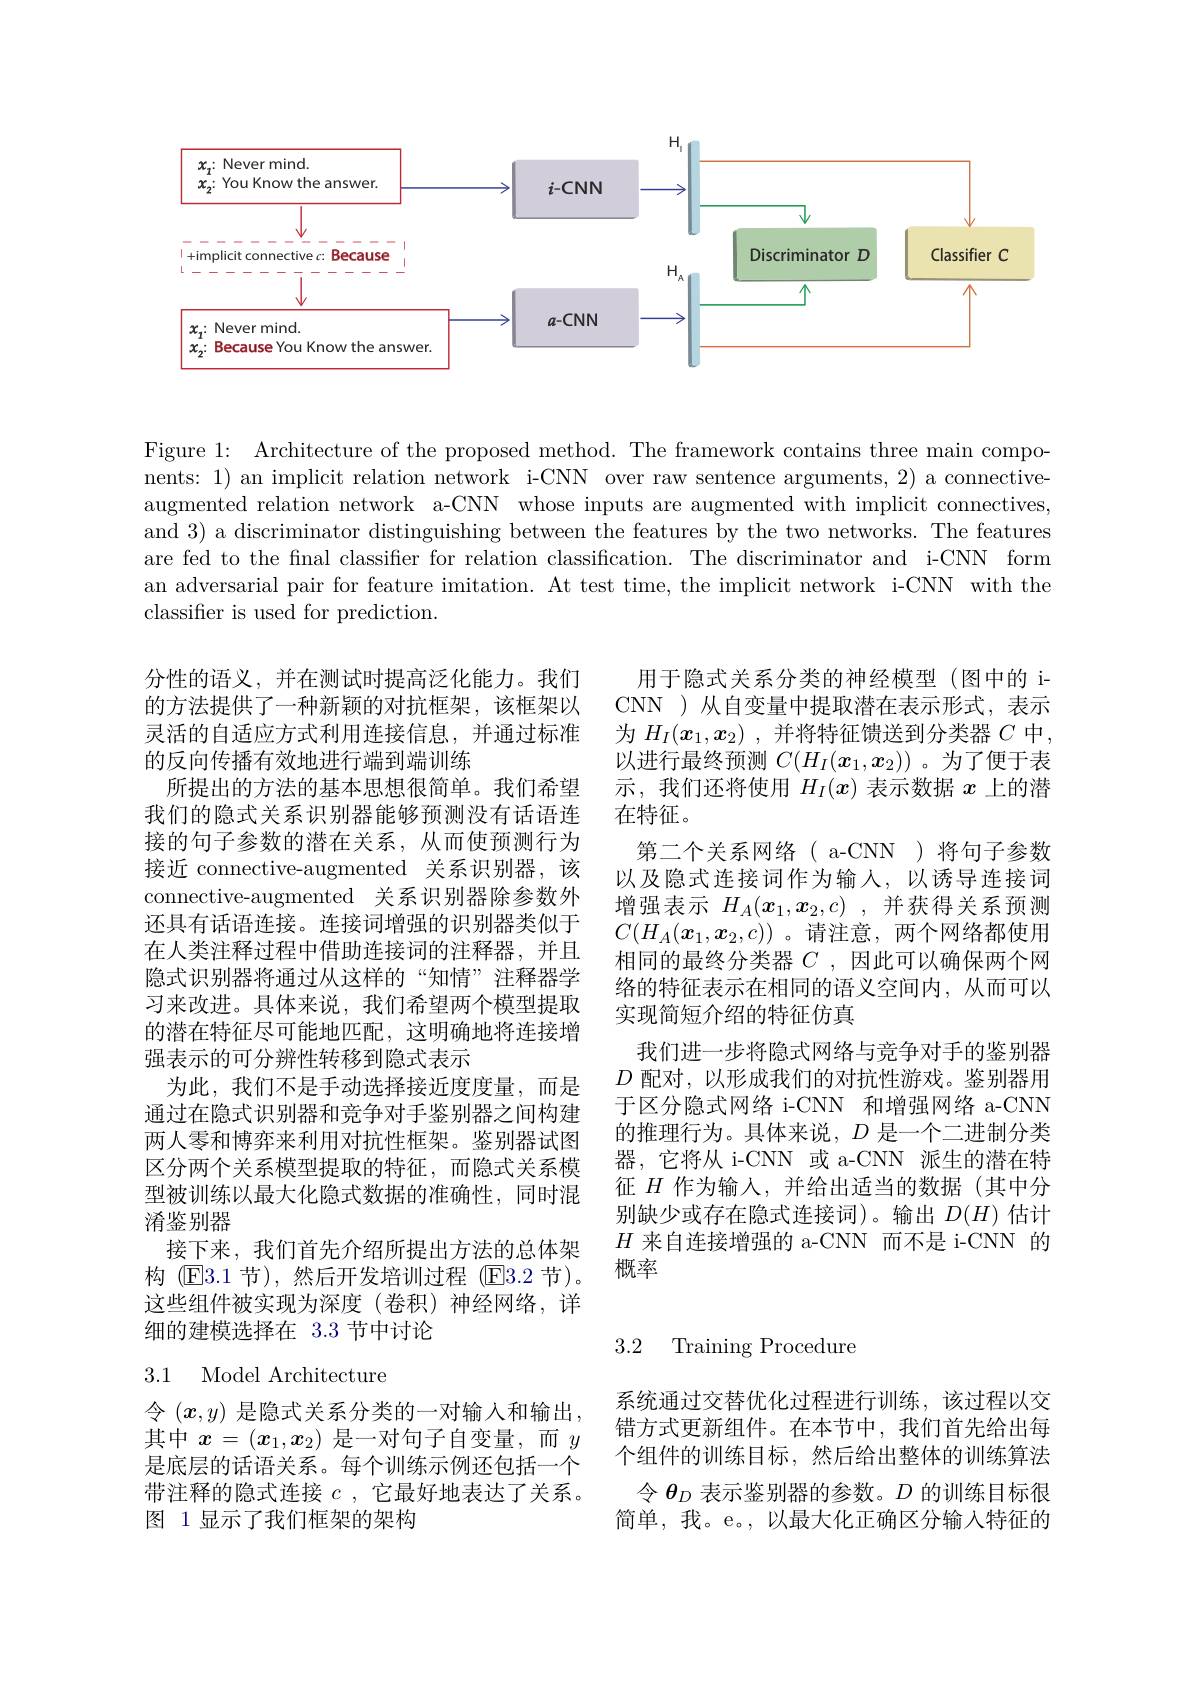
<FigureHere>

Figure 1: Architecture of the proposed method. The framework contains three main components: 1) an implicit relation network i-CNN over raw sentence arguments, 2) a connectiveaugmented relation network a-CNN whose inputs are augmented with implicit connectives, and 3) a discriminator distinguishing between the features by the two networks. The features are fed to the final classifier for relation classification. The discriminator and i-CNN form an adversarial pair for feature imitation. At test time, the implicit network i-CNN with the classifier is used for prediction.

用于隐式关系分类的神经模型(图中的 iCNN )从自变量中提取潜在表示形式，表示为$H_I(x_1,x_2)$ ,并将特征馈送到分类器$C$中， 以进行最终预测$C(H_I(x_1,x_2))$ 。为了便于表示，我们还将使用$H_I(x)$表示数据$x$上的潜在特征。
第二个关系网络( a-CNN)将句子参数以及隐式连接词作为输人，以诱导连接词增强表示$H_A(x_1,x_2,c)$ ,并获得关系预测$C(H_A(x_1,x_2,c))$ 。请注意，两个网络都使用相同的最终分类器$C$ ,因此可以确保两个网络的特征表示在相同的语义空间内，从而可以实现简短介绍的特征仿真
我们进一步将隐式网络与竞争对手的鉴别器$D$配对，以形成我们的对抗性游戏。鉴别器用于区分隐式网络 i-CNN 和增强网络 a-CNN 的推理行为。具体来说，$D$是一个二进制分类器，它将从 i-CNN 或 a-CNN 派生的潜在特征$H$作为输入，并给出适当的数据(其中分别缺少或存在隐式连接词)。输出$D(H)$估计$H$来自连接增强的 a-CNN 而不是 i-CNN 的概率

分性的语义，并在测试时提高泛化能力。我们的方法提供了一种新颖的对抗框架，该框架以灵活的自适应方式利用连接信息，并通过标准的反向传播有效地进行端到端训练
所提出的方法的基本思想很简单。我们希望我们的隐式关系识别器能够预测没有话语连接的句子参数的潜在关系，从而使预测行为接近 connective-augmented 关系识别器，该connective-augmented 关系识别器除参数外还具有话语连接。连接词增强的识别器类似于在人类注释过程中借助连接词的注释器，并且隐式识别器将通过从这样的“知情”注释器学习来改进。具体来说，我们希望两个模型提取的潜在特征尽可能地匹配，这明确地将连接增强表示的可分辨性转移到隐式表示
为此，我们不是手动选择接近度度量，而是通过在隐式识别器和竞争对手鉴别器之间构建两人零和博弈来利用对抗性框架。鉴别器试图区分两个关系模型提取的特征，而隐式关系模型被训练以最大化隐式数据的准确性，同时混淆鉴别器
接下来，我们首先介绍所提出方法的总体架构 ($\mathbb{E}3.1$节),然后开发培训过程 (E3.2 节)。这些组件被实现为深度(卷积)神经网络，详细的建模选择在 3.3 节中讨论

3.2 Training Procedure

## 3.1 Model Architecture

令 $(x,y)$ 是隐式关系分类的一对输入和输出， 其中$x=(x_1,x_2)$是一对句子自变量，而$y$ 是底层的话语关系。每个训练示例还包括一个带注释的隐式连接$c$,它最好地表达了关系。图 1显示了我们框架的架构

系统通过交替优化过程进行训练，该过程以交错方式更新组件。在本节中，我们首先给出每个组件的训练目标，然后给出整体的训练算法
令$\theta_D$表示鉴别器的参数。$D$的训练目标很简单，我。e。,以最大化正确区分输入特征的